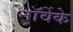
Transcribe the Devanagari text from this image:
नॉर्वेके